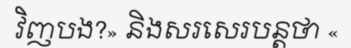
វិញបង?» និងសរសេរបន្តថា «